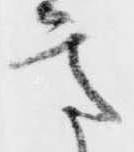
意